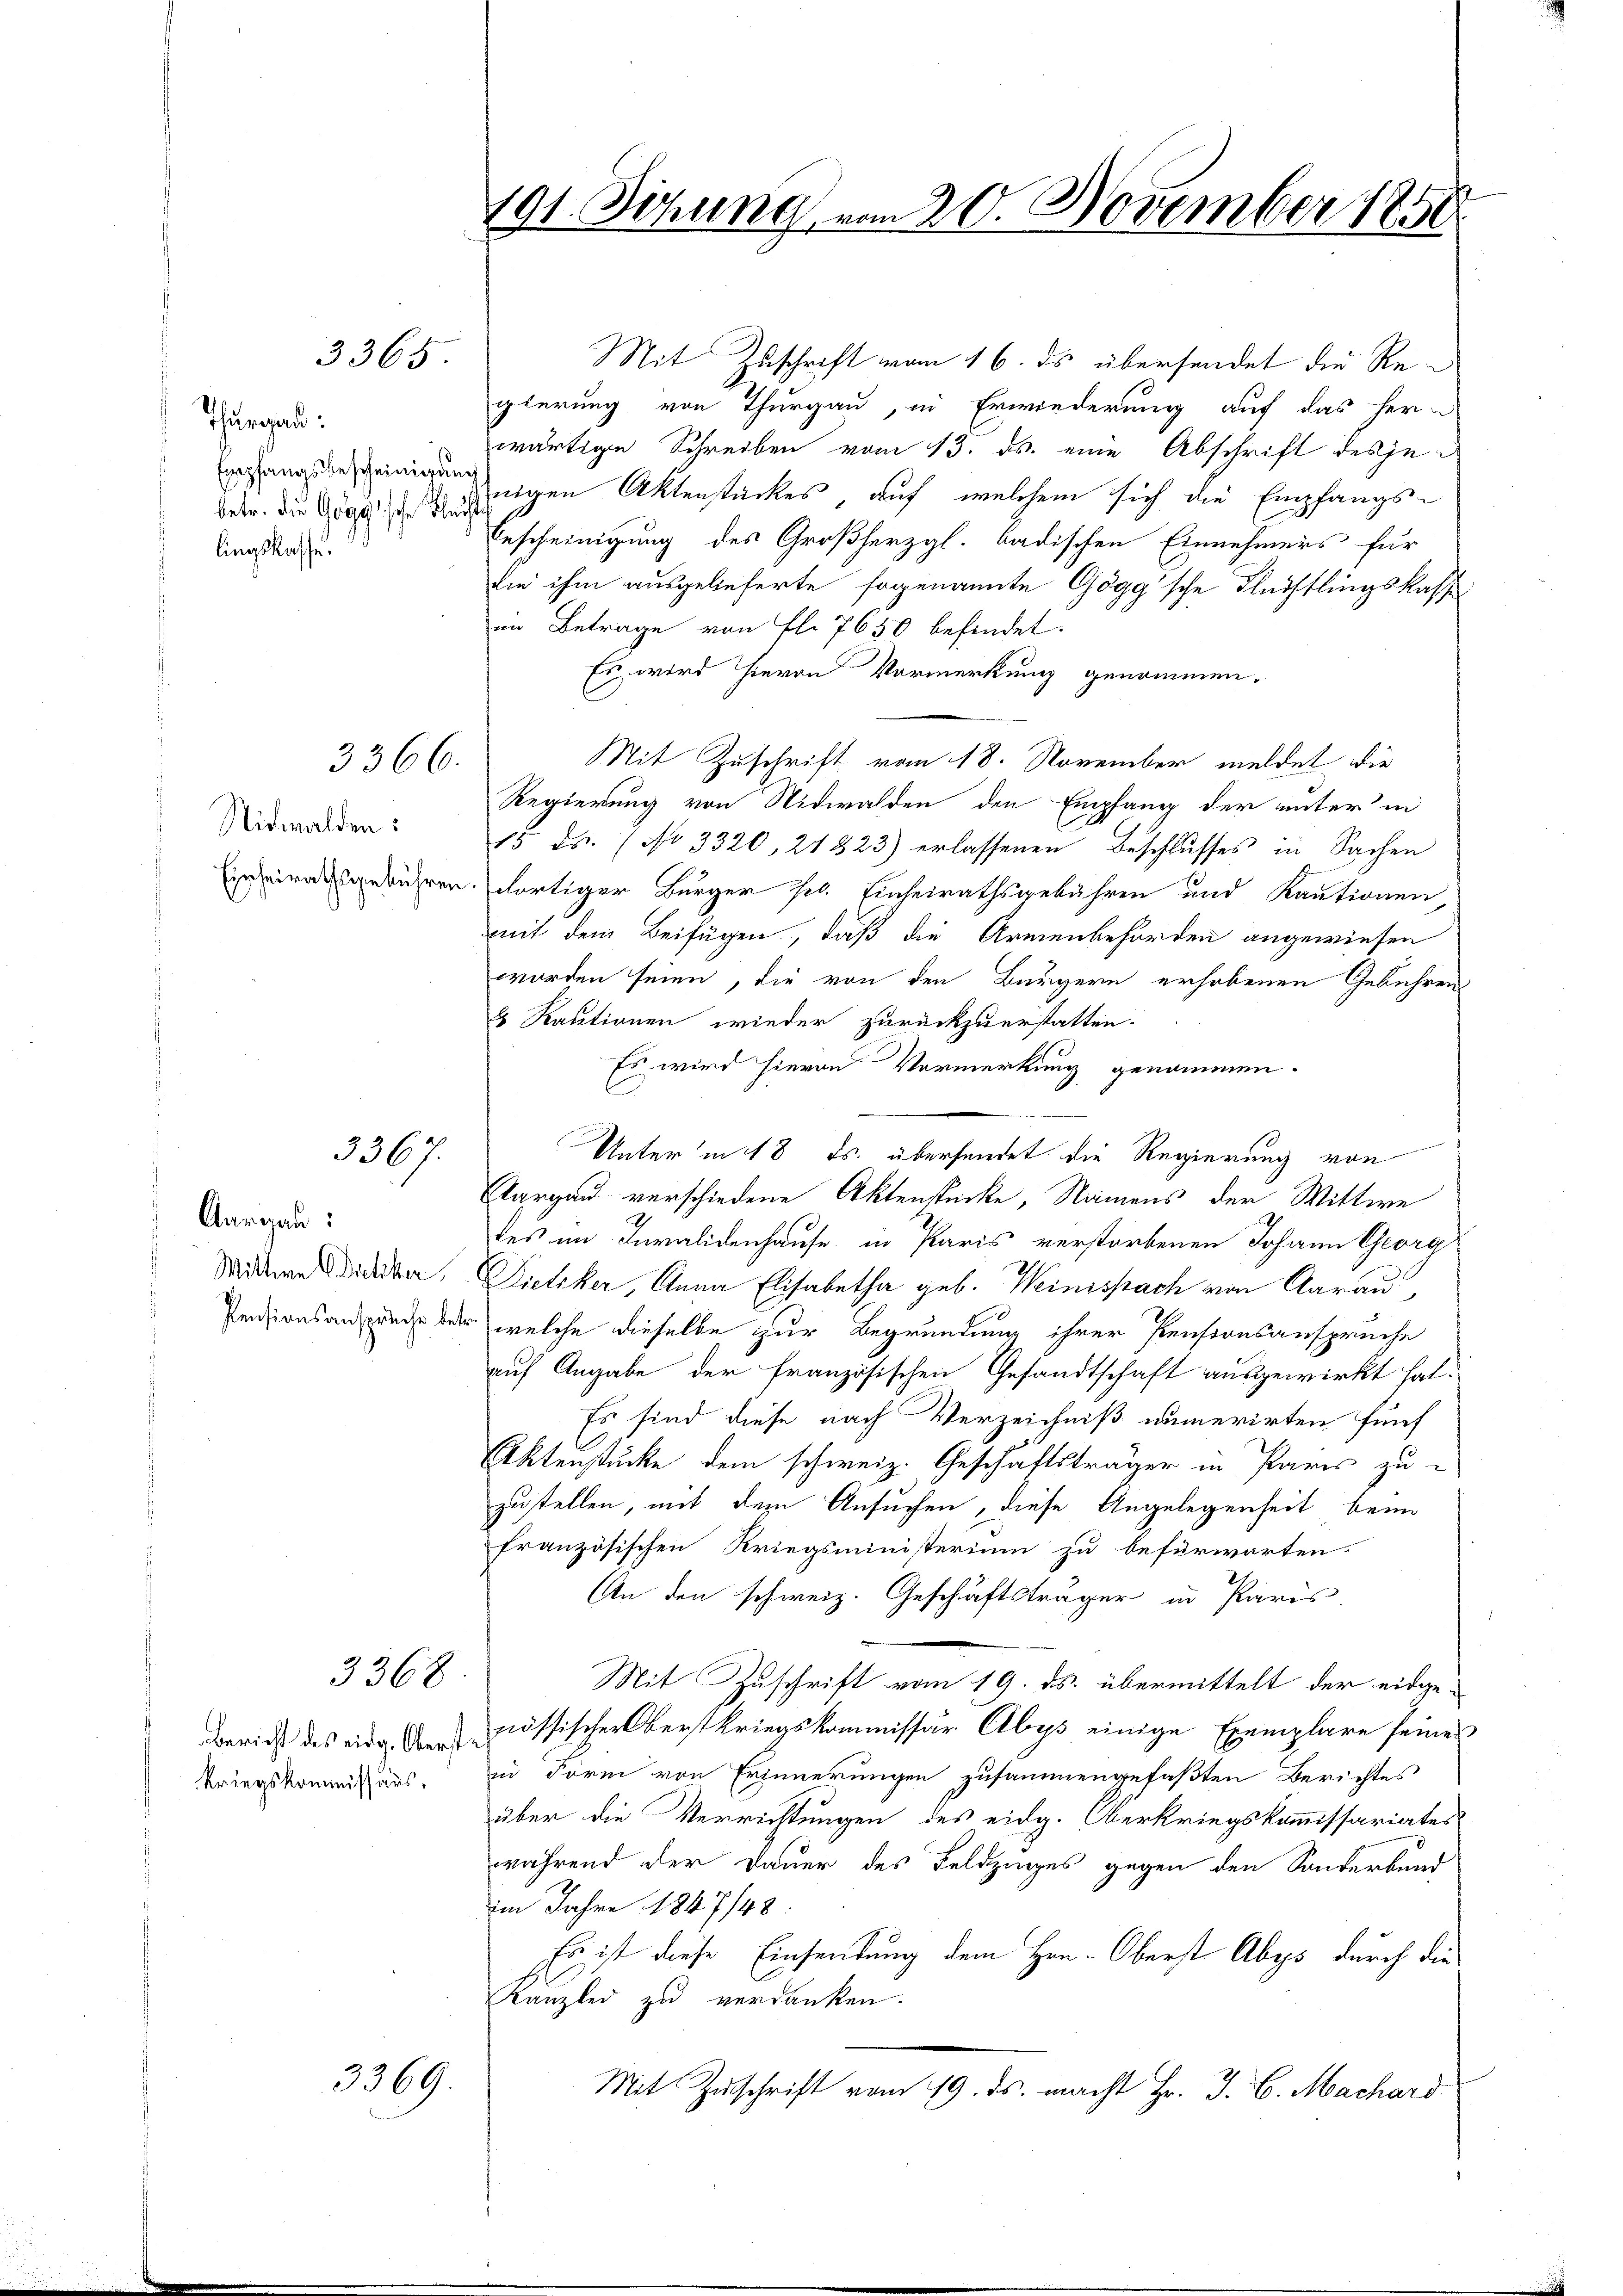
Thurgau:
Empfangsbescheinigung
lingskasse.

3365

3366.

Nidwalden:

3367.

Aargau:

3368

Kriegskommissars.

3369.

Mit Zuschrift vom 16. ds übersendet die Regierung von Thurgau, in Erwiederung auch das her-
wärtige Schreiben vom 13. ds. eine Abschrift desjebetr. die Grad wenigen Aktenstückes, auf welchem sich die Empfangs¬
Bescheinigung des Großherzgl. badischen Einnehmers für
die ihm ausgelieferte sogenannte Gögg'sche Fleistlingskasse
im Betrage von fl. 7650 befindet.
Es wird hievon Vormerkung genommen.
Mit Zuschrift vom 18. November meldet die
Regierung von Nidwalden den Empfang der unter in
15. ds. / No 3320, 21323) erlassenen Beschlusses in Sachen
riratsgerühren dortiger Bürger fl. Einheirathsgebühren und Kautionen,
mit dem Beifügen, daß die Armenbehörden angewiesen
worden seien, die von den Bürgern erhobenen Gebührens
8 Kautionen wieder zurückzuerstatten.
Es wird hievon Vormerkung genommen.
Unter in 18 ds. übersendet die Regierung von
Aargau verschiedene Aktenstücke, Namens der Wittwe
des im Invalidenhause in Paris verstorbenen Johann Georg
Widdere Dicker, Dietiker, Anna Elisabetha geb. Weinispach von Aarau,
Prionsangung der welche dieselbe zur Begründung ihrer Pensionsansprüche
auf Angabe der französischen Gesandtschaft ausgewirkt hat.
Es sind diese nach Verzeichniß numerirten fünf
Aktenstücke dem schweiz. Geschäftsträger in Paris zu-
zustellen, mit dem Ansuchen, diese Angelegenheit beim
französischen Kriegsministerium zu befürwarten.
An den schweiz. Geschäftsträger in Paris
Mit Zuschrift vom 19. ds. übermittelt der eidge¬
Bericht des eine Aenössischer Oberstkriegskommissär Elbys einige Exemplare seines
in Form von Erinnerungen zusammengefaßten Berichtes
über die Verrichtungen des eidg. Oberkriegskommissariates
während der Dauer des Feldzinges gegen den Sonderbund
im Jahre 1847/48:
Es ist diese Einsendung dem Hrn. Oberst Abys durch die
Kanzlei zu verdanken.
Mit Zuschrift vom 19. ds. macht Hr. J. C. Machard

191. Sitzung vom 20. November 1850.